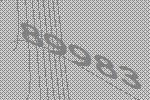
89983